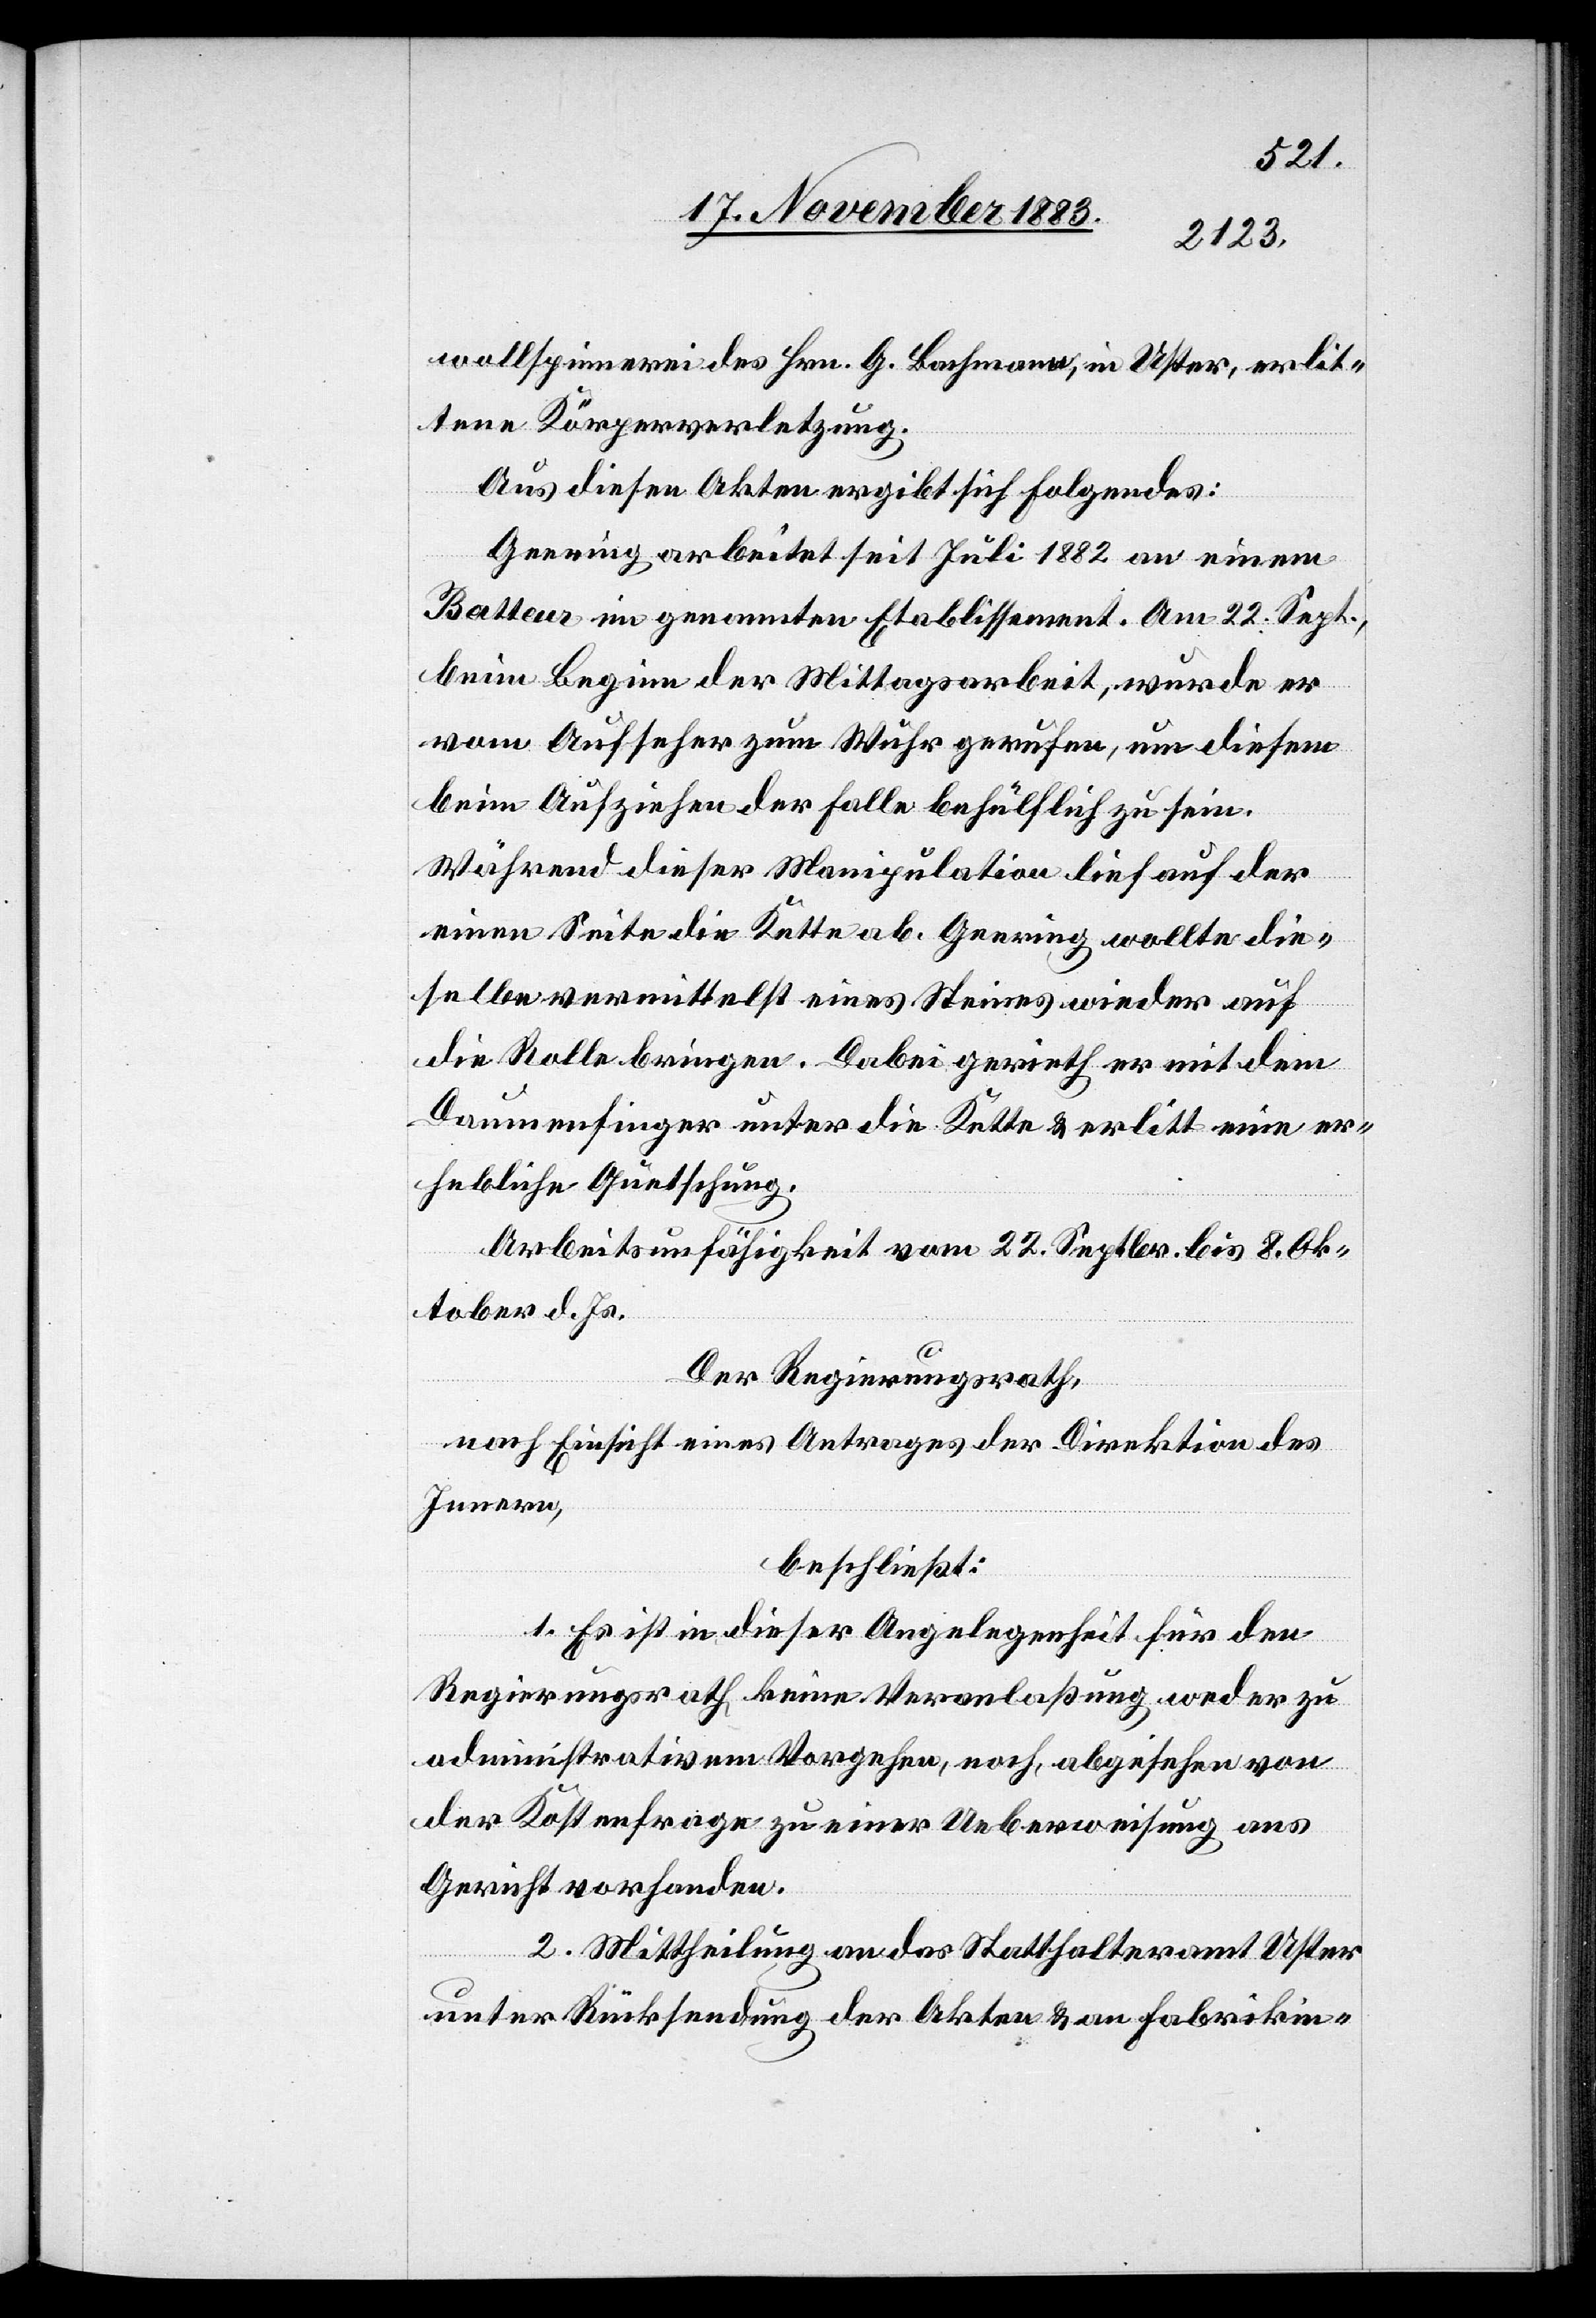
wollspinnerei des Hrn. G. Bachmann, in Uster, erlit¬
tene Körperverletzung.
Aus diesen Akten ergibt sich folgendes:
Geering arbeitet seit Juli 1882 an einem
Batteur im genannten Etablissement. Am 22. Sept.
beim Beginn der Mittagsarbeit, wurde er
vom Aufseher zum Wuhr gerufen, um diesem
beim Aufziehen der Falle behülflich zu sein.
Während dieser Manipulation lief auf der
einen Seite die Kette ab. Geering wollte die¬
selbe vermittelst eines Steines wieder auf
die Rolle bringen. Dabei gerieth er mit dem
Daumenfinger unter die Kette & erlitt eine er¬
hebliche Quetschung.
Arbeitsunfähigkeit vom 22. Septbr. bis 8. Ok¬
tober d. Js.
Der Regierungsrath,
nach Einsicht eines Antrages der Direktion des
Innern,
beschließt:
1. Es ist in dieser Angelegenheit für den
Regierungsrath keine Veranlaßung weder zu
administrativem Vorgehen, noch abgesehen von
der Kostenfrage zu einer Ueberweisung ans
Gericht vorhanden.
2. Mittheilung an das Statthalteramt Uster
unter Rücksendung der Akten & an Fabrikin-